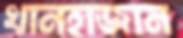
খানহাজান